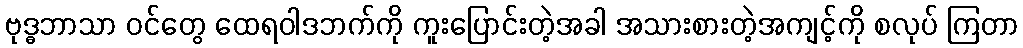
ဗုဒ္ဓဘာသာ ဝင်တွေ ထေရဝါဒဘက်ကို ကူးပြောင်းတဲ့အခါ အသားစားတဲ့အကျင့်ကို စလုပ် ကြတာ